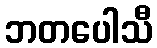
ဘတပေါသီ